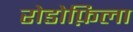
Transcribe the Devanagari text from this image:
रोडोफ़िला